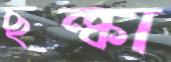
ছল্‌কা